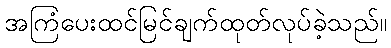
အကြံပေးထင်မြင်ချက်ထုတ်လုပ်ခဲ့သည်။